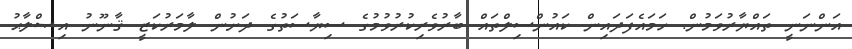
އަންނަނީ ތައްޔާރުވަމުން. ހަމައެފަދައިން ކައުންސިލްތައް ބާރުވެރިކުރުވުމުގެ ސިޔާސަތުގެ ދަށުން ލާމަރުކަޒީ ޤާނޫނު އިޞްލާޙު